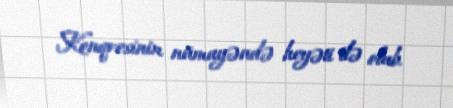
Konqresinin nümayəndə heyəti ilə olub.